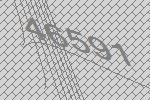
46591